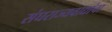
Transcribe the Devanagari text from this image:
संघराज्यवाद्यांचा